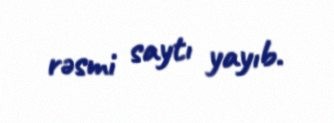
rəsmi saytı yayıb.